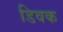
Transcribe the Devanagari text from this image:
डिवक